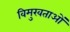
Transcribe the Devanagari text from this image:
विमुखताओं